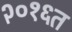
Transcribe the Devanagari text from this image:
२०१६त